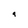
Character: g